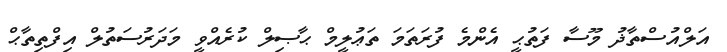
އަލްއުސްތާޛު މޫސާ ފަތުޙީ އެންމެ ފުރަތަމަ ތަޢުލީމް ޙާޞިލް ކުރެއްވީ މަދަރުސަތުލް އިފްތިތާޙް